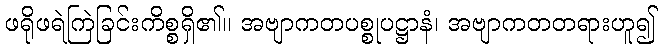
ဖရိုဖရဲကြဲခြင်းကိစ္စရှိ၏။ အဗျာကတပစ္စုပဋ္ဌာနံ၊ အဗျာကတတရားဟူ၍